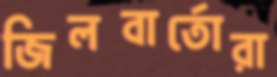
জিলবার্তোরা